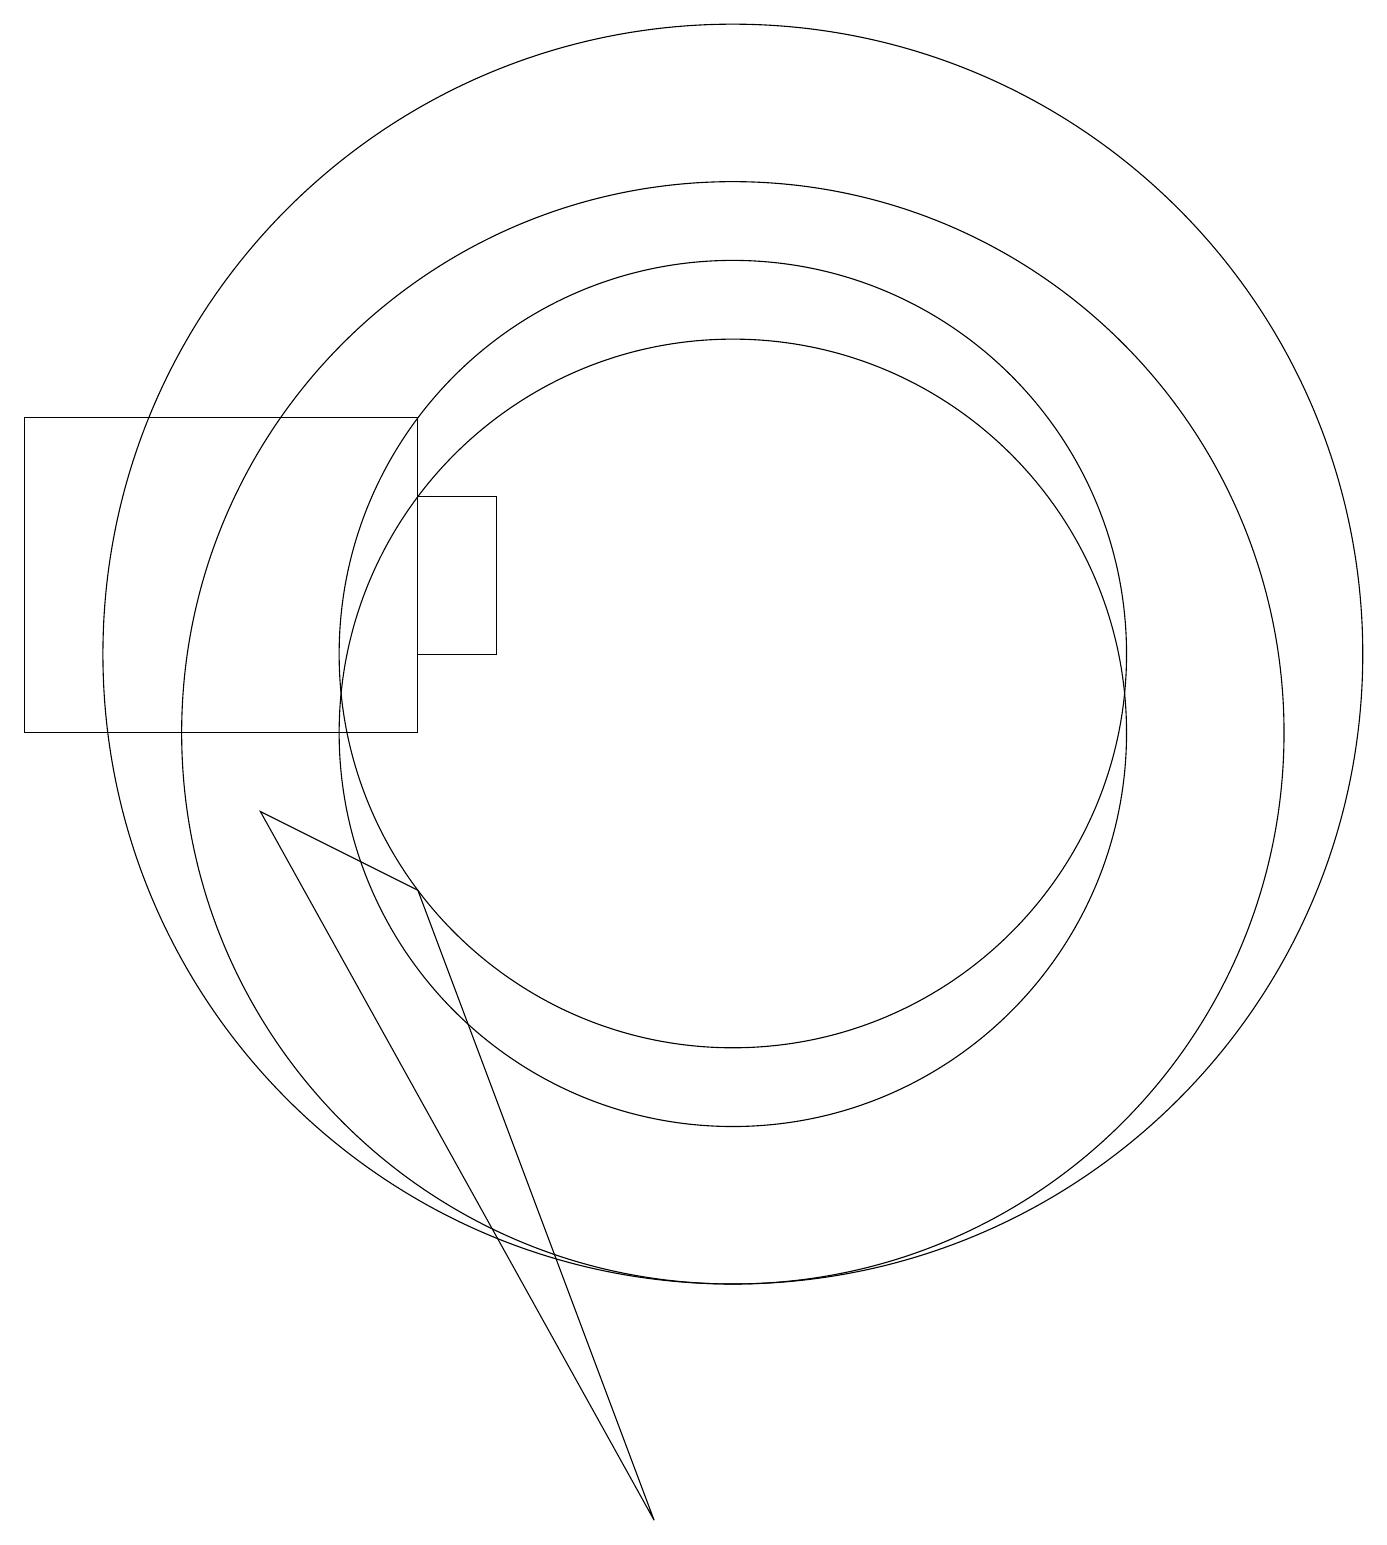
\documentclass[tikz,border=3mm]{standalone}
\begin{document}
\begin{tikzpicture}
\draw (6,14) rectangle (1,10);
\draw (7,11) rectangle (6,13);
\draw (10,11) circle (5);
\draw (10,10) circle (5);
\draw (10,11) circle (8);
\draw (10,10) circle (7);
\draw (4,9) -- (9,0) -- (6,8) -- cycle;
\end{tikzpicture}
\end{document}